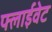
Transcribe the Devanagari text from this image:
फ्लाईवेट